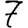
Digit: 7